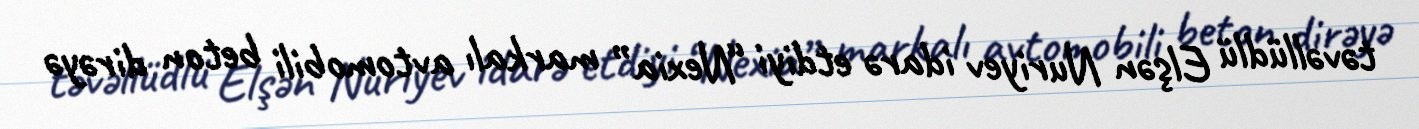
təvəllüdlü Elşən Nuriyev idarə etdiyi “Nexia” markalı avtomobili beton dirəyə